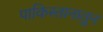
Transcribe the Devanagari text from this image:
पाकिस्तानातुन